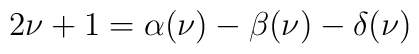
2\nu +1=\alpha (\nu )-\beta (\nu )-\delta (\nu )